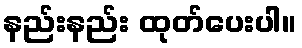
နည်းနည်း ထုတ်ပေးပါ။